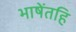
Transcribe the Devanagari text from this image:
भाषेंतहि